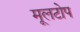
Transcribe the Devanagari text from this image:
मूलटोप